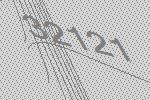
32121